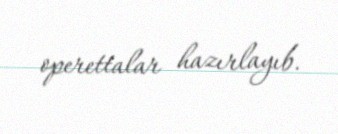
operettalar hazırlayıb.